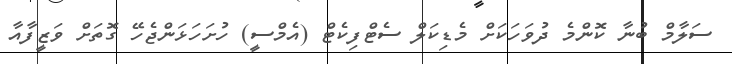
ސަލާމް ބުނާ ކޮންމެ ދުވަހަކަށް މެޑިކަލް ސެޓްފިކެޓް (އެމްސީ) ހުށަހަޅަންޖެހޭ ގޮތަށް ވަޒީފާއާ